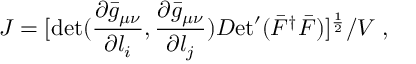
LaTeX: J = [ \operatorname * { d e t } ( { \frac { \partial \bar { g } _ { \mu \nu } } { \partial l _ { i } } } , { \frac { \partial \bar { g } _ { \mu \nu } } { \partial l _ { j } } } ) { \cal D } \mathrm { e t } ^ { \prime } ( \bar { F } ^ { \dagger } \bar { F } ) ] ^ { \frac { 1 } { 2 } } / V \; ,